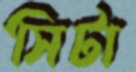
সিটা